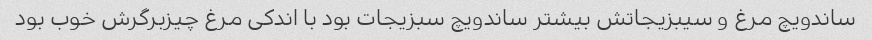
ساندویچ مرغ و سیبزیجاتش بیشتر ساندویچ سبزیجات بود با اندکی مرغ چیزبرگرش خوب بود